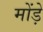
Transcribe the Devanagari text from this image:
मोंड़े